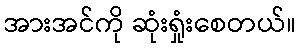
အားအင်ကို ဆုံးရှုံးစေတယ်။